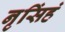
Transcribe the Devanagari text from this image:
नृसिंहं